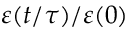
\varepsilon ( t / \tau ) / \varepsilon ( 0 )